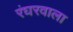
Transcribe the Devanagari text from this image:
रंघरवाला